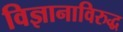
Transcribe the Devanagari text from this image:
विज्ञानाविरुद्ध